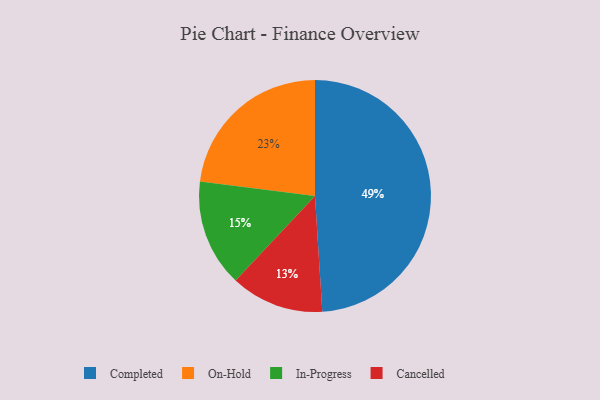
{"axis": {"x": "Category", "y": "Percentage"}, "legend": ["Cancelled", "Completed", "In-Progress", "On-Hold"], "data": [{"x": "Cancelled", "y": 13, "type": "Cancelled"}, {"x": "Completed", "y": 49, "type": "Completed"}, {"x": "In-Progress", "y": 15, "type": "In-Progress"}, {"x": "On-Hold", "y": 23, "type": "On-Hold"}]}